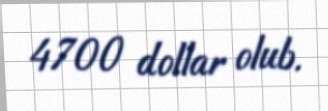
4700 dollar olub.